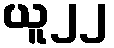
ယူ၂၂